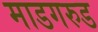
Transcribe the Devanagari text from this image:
माडगरुड